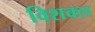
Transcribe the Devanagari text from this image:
विशक्ल